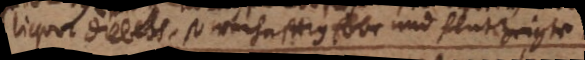
liquor Drebels, so warhafftig Ebbe und flut zeigte.